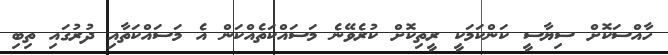
ހާއްސަކޮށް ސިޔާސީ ކަންކަމަކީ ރީތިކޮށް ކުރެވޭނެ މަސައްކަތެއްކަން އެ މަސައްކަތާއި ދުރުގައި ތިބި